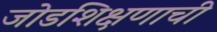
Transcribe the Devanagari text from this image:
जोडशिक्षणाची